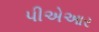
પીએઆર